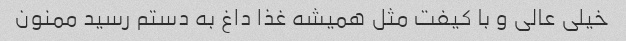
خیلی عالی و با کیفت مثل همیشه غذا داغ به دستم رسید ممنون